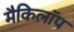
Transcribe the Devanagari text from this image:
मैकिलॉप